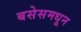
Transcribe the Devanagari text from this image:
बसेसमधून